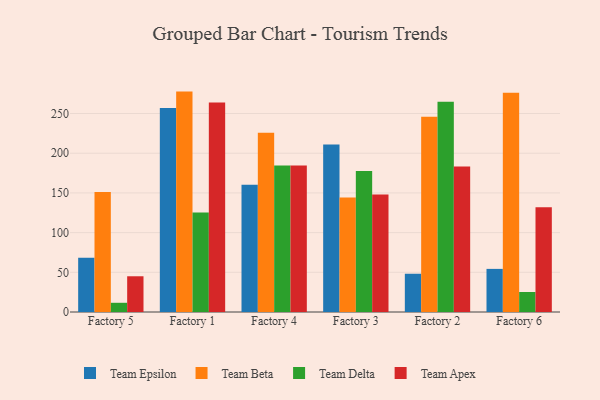
{"axis": {"x": "Factory", "y": "Churn Rate (%)"}, "legend": ["Team Apex", "Team Beta", "Team Delta", "Team Epsilon"], "data": [{"x": "Factory 5", "y": 68.2, "type": "Team Epsilon"}, {"x": "Factory 5", "y": 151.2, "type": "Team Beta"}, {"x": "Factory 5", "y": 11.6, "type": "Team Delta"}, {"x": "Factory 5", "y": 45.0, "type": "Team Apex"}, {"x": "Factory 1", "y": 256.8, "type": "Team Epsilon"}, {"x": "Factory 1", "y": 277.6, "type": "Team Beta"}, {"x": "Factory 1", "y": 125.2, "type": "Team Delta"}, {"x": "Factory 1", "y": 263.9, "type": "Team Apex"}, {"x": "Factory 4", "y": 160.4, "type": "Team Epsilon"}, {"x": "Factory 4", "y": 225.8, "type": "Team Beta"}, {"x": "Factory 4", "y": 184.6, "type": "Team Delta"}, {"x": "Factory 4", "y": 184.6, "type": "Team Apex"}, {"x": "Factory 3", "y": 211.1, "type": "Team Epsilon"}, {"x": "Factory 3", "y": 144.3, "type": "Team Beta"}, {"x": "Factory 3", "y": 177.6, "type": "Team Delta"}, {"x": "Factory 3", "y": 147.9, "type": "Team Apex"}, {"x": "Factory 2", "y": 48.2, "type": "Team Epsilon"}, {"x": "Factory 2", "y": 246.0, "type": "Team Beta"}, {"x": "Factory 2", "y": 264.7, "type": "Team Delta"}, {"x": "Factory 2", "y": 183.3, "type": "Team Apex"}, {"x": "Factory 6", "y": 54.3, "type": "Team Epsilon"}, {"x": "Factory 6", "y": 276.1, "type": "Team Beta"}, {"x": "Factory 6", "y": 25.2, "type": "Team Delta"}, {"x": "Factory 6", "y": 131.9, "type": "Team Apex"}]}